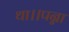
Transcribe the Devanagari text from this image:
था।।पन्ना